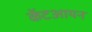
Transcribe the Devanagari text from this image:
कॅटआयन